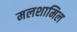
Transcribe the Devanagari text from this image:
मलशामिल